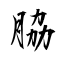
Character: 脇